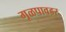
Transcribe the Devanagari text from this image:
गूळपावडर